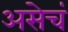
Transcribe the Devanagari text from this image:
असेचं